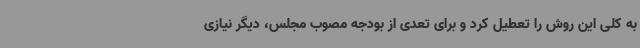
به کلی این روش را تعطیل کرد و برای تعدی از بودجه مصوب مجلس، دیگر نیازی